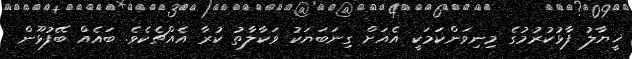
ޚީޔާލު ފާޅުކުރުމުގެ މިނިވަންކަމަކީ އެއަށް ގިނަބަޔަކު ވަކާލާތު ކުރާ އެއްޗެކެވެ. ބައެއް ބޭފުޅޫން